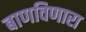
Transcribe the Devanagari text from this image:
बाणविणारा